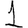
Digit: 1